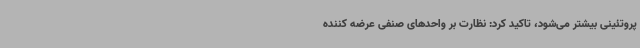
پروتئینی بیشتر می‌شود، تاکید کرد: نظارت بر واحدهای صنفی عرضه کننده